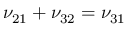
\nu _ { 2 1 } + \nu _ { 3 2 } = \nu _ { 3 1 }